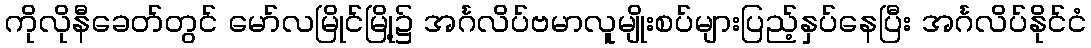
ကိုလိုနီခေတ်တွင် မော်လမြိုင်မြို့၌ အင်္ဂလိပ်ဗမာလူမျိုးစပ်များပြည့်နှပ်နေပြီး အင်္ဂလိပ်နိုင်ငံ